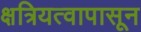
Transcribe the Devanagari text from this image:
क्षत्रियत्वापासून